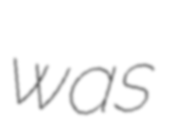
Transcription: was